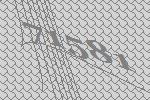
71581